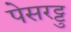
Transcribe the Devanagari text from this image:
पेसरट्टु